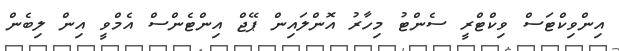
އިންވިކްޓަސް ވިކްޓްރީ ސެންޓު މިހާރު އޮންލައިން ޕޭޖް އިންޓެންސް އެމްވީ އިން ލިބެން